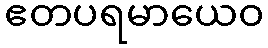
ဧတပရမာယေဝ